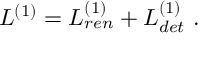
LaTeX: { \cal L } ^ { ( 1 ) } = { \cal L } _ { r e n } ^ { ( 1 ) } + { \cal L } _ { d e t } ^ { ( 1 ) } \ .